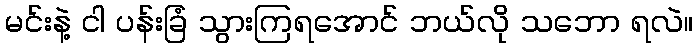
မင်းနဲ့ ငါ ပန်းခြံ သွားကြရအောင် ဘယ်လို သဘော ရလဲ။